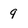
Character: 9